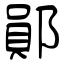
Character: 鄖